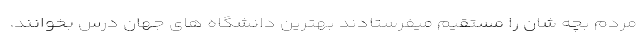
مردم بچه شان را مستقیم میفرستادند بهترین دانشگاه های جهان درس بخوانند.